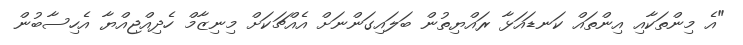
"އެ މިންތަކާއި އިންތައް ކަނޑައަޅާ ރައްޔިތުން ބަލައިގަންނަށް އެއްޗަކަށް މިނިޒާމް ހެދިއްޖިއްޔާ އެހިސާބުން